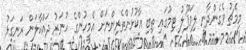
މިމެޗު ވެގެންދާނީ ލިވަޕޫލު ޓިމުގައި ތިބި އާކުޅުންތެރިންނަށް އެމީހުންގެ ހުނަރު ދައްކާލަން ރަނގަޅު